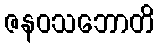
ဇနဝသဘောတိ